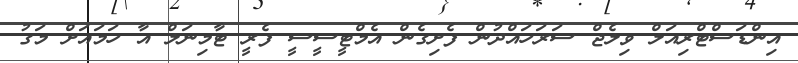
އިންޑަސްޓްރިއަލް ވިލެޖް ސަރަހައްދުން ފެށިގެން އެމްޓީސީސީ ފެރީ ޓާމިނަލް އާ ހަމައަށް މަގު